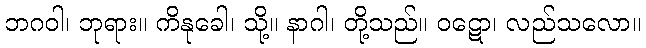
ဘဂဝါ၊ ဘုရား။ ကိနုခေါ၊ သို့။ နာဂါ၊ တို့သည်။ ဝဋော၊ လည်သလော။